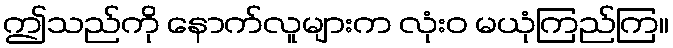
ဤသည်ကို နောက်လူများက လုံးဝ မယုံကြည်ကြ။